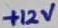
Text: +12V